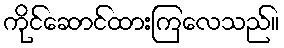
ကိုင်ဆောင်ထားကြလေသည်။